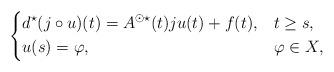
LaTeX: \begin{align*} \begin{dcases} d^\star (j \circ u)(t) = A^{\odot \star}(t)ju(t) + f(t), &t \geq s, \\ u(s) = \varphi, & \varphi \in X, \end{dcases}\end{align*}